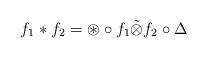
LaTeX: \begin{align*}f_1 \ast f_2 = \circledast \circ f_1 \tilde{\otimes} f_2 \circ \Delta\end{align*}